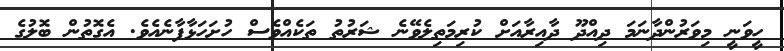
ހީވަނީ މިވަރުންދާނަމަ ދިއްދޫ ދާއިރާއަށް ކުރިމަތިލެވޭނެ ޝަރުތު ތަކެއްވެސް ހުށަހަޅާފާނެއެވެ. އެގޮތުން ބޮލުގެ